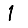
Digit: 1